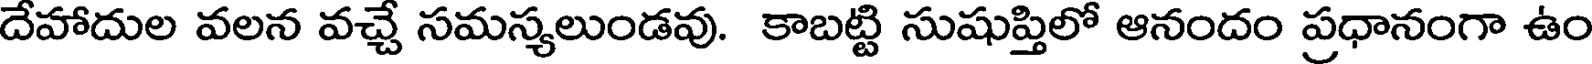
దేహాదుల వలన వచ్చే సమస్యలుండవు. కాబట్టి సుషుప్తిలో ఆనందం ప్రధానంగా ఉం